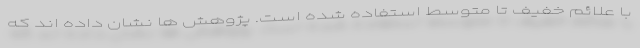
با علائم خفیف تا متوسط استفاده شده است. پژوهش ها نشان داده اند که